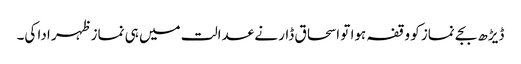
ڈیڑھ بجے نماز کو وقفہ ہوا تو اسحاق ڈار نے عدالت میں ہی نماز ظہر ادا کی۔